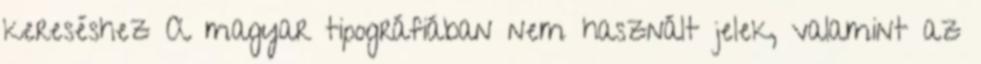
kereséshez A magyar tipográfiában nem használt jelek, valamint az